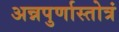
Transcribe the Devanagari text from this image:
अन्नपुर्णास्तोत्रं